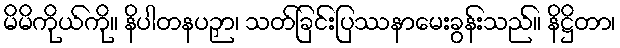
မိမိကိုယ်ကို။ နိပါတနပဉှာ၊ သတ်ခြင်းပြဿနာမေးခွန်းသည်။ နိဋ္ဌိတာ၊